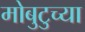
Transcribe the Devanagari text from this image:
मोबुटुच्या